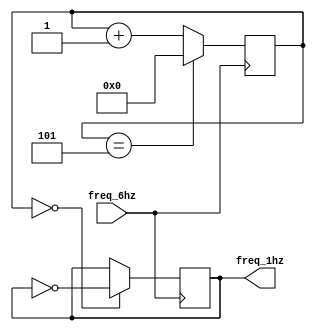
`timescale 1ns / 1ps
//////////////////////////////////////////////////////////////////////////////////
// Company: 
// Engineer: 
// 
// Design Name: 
// Module Name: clock_div_1hz
// Project Name: 
// Target Devices: 
// Tool Versions: 
// Description: 
// 
// Dependencies: 
// 
// Revision:
// Revision 0.01 - File Created
// Additional Comments:
// 
//////////////////////////////////////////////////////////////////////////////////


module clock_div_1hz(input freq_6hz, output reg freq_1hz);
    
//Create a 1hz clock 
        reg [3:0] counter = 0;
        always @(posedge freq_6hz) begin
            counter <= (counter == 5) ? 0 : counter + 1;
            freq_1hz <= (counter == 0) ? ~freq_1hz : freq_1hz;
        end
endmodule